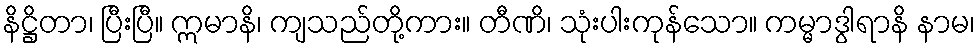
နိဋ္ဌိတာ၊ ပြီးပြီ။ ဣမာနိ၊ ကျသည်တို့ကား။ တီဏိ၊ သုံးပါးကုန်သော။ ကမ္မာဒွါရာနိ နာမ၊